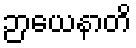
ဉာယေနာတိ